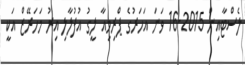
ލެސްޓާއިން 2015-16 ވަނަ އަހަރުގެ ޕްރިމިއާ ލީގު އުފުލާލި އިރު މަހަރޭޒް އަކީ